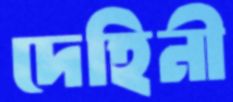
দেহিনী